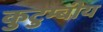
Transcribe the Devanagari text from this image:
कुटुम्बीय